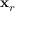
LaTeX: \mathbf { x } _ { r }